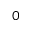
0